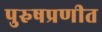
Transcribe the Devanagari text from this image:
पुरुषप्रणीत